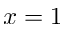
x = 1